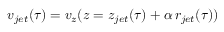
v _ { j e t } ( \tau ) = v _ { z } ( z = z _ { j e t } ( \tau ) + \alpha \, r _ { j e t } ( \tau ) )